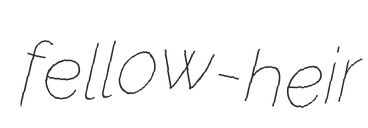
fellow-heir